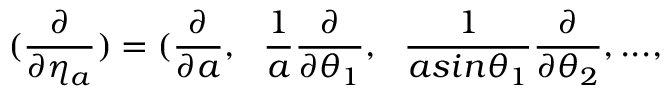
( \frac { \partial } { \partial \eta _ { a } } ) = ( \frac { \partial } { \partial a } , ~ ~ \frac { 1 } { a } \frac { \partial } { \partial \theta _ { 1 } } , ~ ~ \frac { 1 } { a s i n { \theta _ { 1 } } } \frac { \partial } { \partial \theta _ { 2 } } , . . . ,